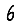
Digit: 6